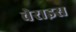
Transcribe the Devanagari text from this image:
वेराइस